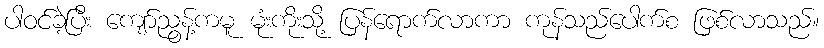
ပါဝင်ခဲ့ပြီး ကျော်ညွန့်ကမူ မုံးကိုးသို့ ပြန်ရောက်လာကာ ကုန်သည်ပေါက်စ ဖြစ်လာသည်။